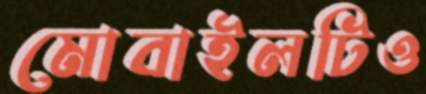
মোবাইলটিও